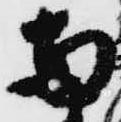
両